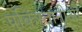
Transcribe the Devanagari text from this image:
पकिस्तानीओं